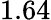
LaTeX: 1.64